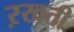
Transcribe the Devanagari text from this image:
ऱखती